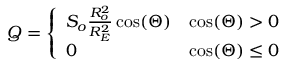
Q = { \left\{ \begin{array} { l l } { S _ { o } { \frac { R _ { o } ^ { 2 } } { R _ { E } ^ { 2 } } } \cos ( \Theta ) } & { \cos ( \Theta ) > 0 } \\ { 0 } & { \cos ( \Theta ) \leq 0 } \end{array} \right. }